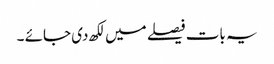
یہ بات فیصلے میں لکھ دی جائے ۔